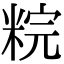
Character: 𥹳